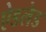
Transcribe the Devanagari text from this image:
ऐडलेड